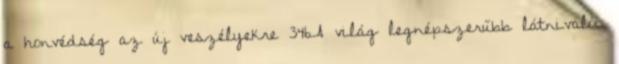
a honvédség az új veszélyekre 346A világ legnépszerűbb látnivalói